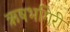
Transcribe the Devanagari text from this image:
ऋषभगिरी